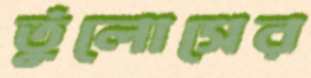
তুঁলোসের